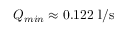
Q _ { m i n } \approx 0 . 1 2 2 ~ \mathrm { l / s }